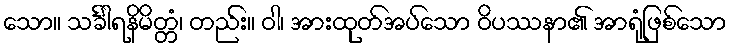
သော။ သင်္ခါရနိမိတ္တံ၊ တည်း။ ဝါ၊ အားထုတ်အပ်သော ဝိပဿနာ၏ အာရုံဖြစ်သော